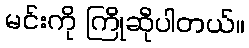
မင်းကို ကြိုဆိုပါတယ်။